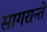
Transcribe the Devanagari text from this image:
सागरान्ते